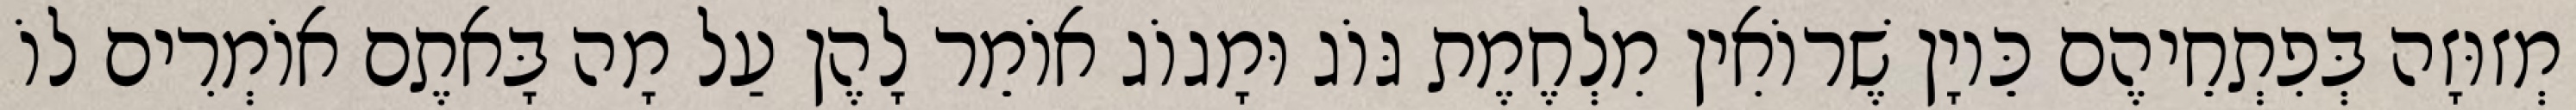
מְזוּזָה בְּפִתְחֵיהֶם כֵּיוָן שֶׁרוֹאִין מִלְחֶמֶת גּוֹג וּמָגוֹג אוֹמֵר לָהֶן עַל מָה בָּאתֶם אוֹמְרִים לוֹ